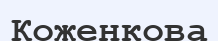
Коженкова